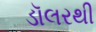
ડૉલરથી